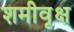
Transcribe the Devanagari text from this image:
शमीवृक्ष